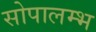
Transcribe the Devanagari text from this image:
सोपालम्भ